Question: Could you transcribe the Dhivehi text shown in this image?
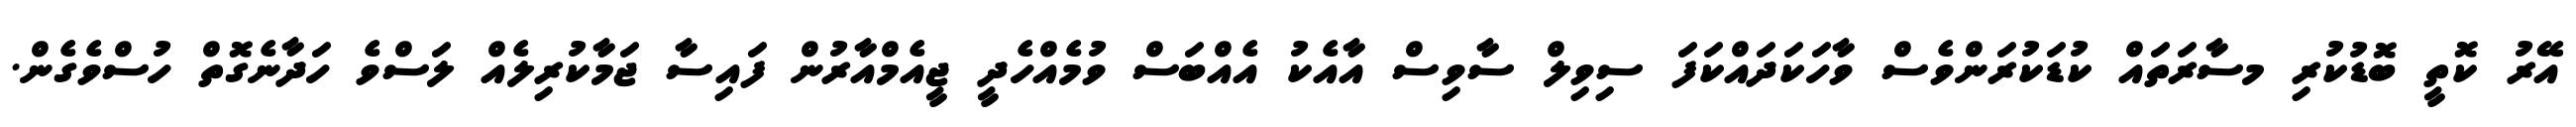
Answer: އޭރު ކޮތީ ބޮޑުކުރި މސާރަތައް ކުޑަކުރަންވެސް ވާހަކަދައްކަފަ ސިވިލް ސާވިސް އާއެކު އެއްބަސް ވުމެއްހެދީ ޖީއެމްއާރުން ފައިސާ ޖަމާކުރިލެއް ލަސްވެ ހަދާނެގޮތް ހުސްވެގެން.